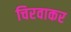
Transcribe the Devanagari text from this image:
चिरवाकर